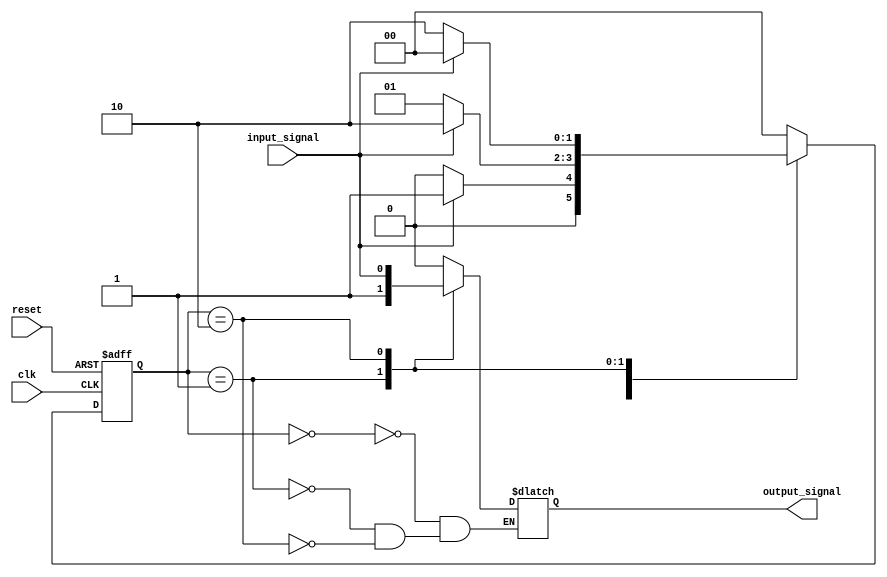
module mealy_state_machine(
    input wire clk,
    input wire reset,
    input wire input_signal,
    output reg output_signal
);

// State definition
parameter S0 = 2'b00;
parameter S1 = 2'b01;
parameter S2 = 2'b10;

// State register
reg [1:0] state_reg, next_state;

always @(posedge clk or posedge reset) begin
    if (reset) begin
        state_reg <= S0;
    end else begin
        state_reg <= next_state;
    end
end

// Next state logic block
always @(*) begin
    case(state_reg)
        S0: begin
            if (input_signal) begin
                next_state = S1;
            end else begin
                next_state = S0;
            end
        end
        S1: begin
            if (input_signal) begin
                next_state = S2;
            end else begin
                next_state = S1;
            end
        end
        S2: begin
            if (input_signal) begin
                next_state = S0;
            end else begin
                next_state = S2;
            end
        end
        default: next_state = S0;
    endcase
end

// Output logic block
always @(*) begin
    case(state_reg)
        S0: output_signal = 1'b0;
        S1: output_signal = 1'b1;
        S2: output_signal = input_signal;
    endcase
end

endmodule